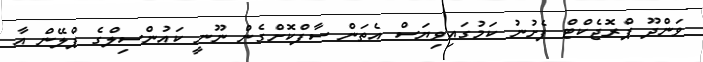
ވަންދޫ ޕްރޮޖެކްޓް ފެށުނު ކަމުގައިވިޔަސް އެތަން ސާފްކޮށްގެން ނޫނީ ކައުންސިލްގެ ޕްލޭން އާ